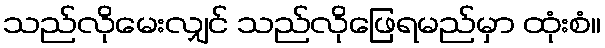
သည်လိုမေးလျှင် သည်လိုဖြေရမည်မှာ ထုံးစံ။